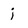
Character: j